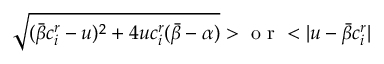
\sqrt { ( \bar { \beta } c _ { i } ^ { r } - u ) ^ { 2 } + 4 u c _ { i } ^ { r } ( \bar { \beta } - \alpha ) } > \mathrm { ~ o ~ r ~ } < | u - \bar { \beta } c _ { i } ^ { r } |